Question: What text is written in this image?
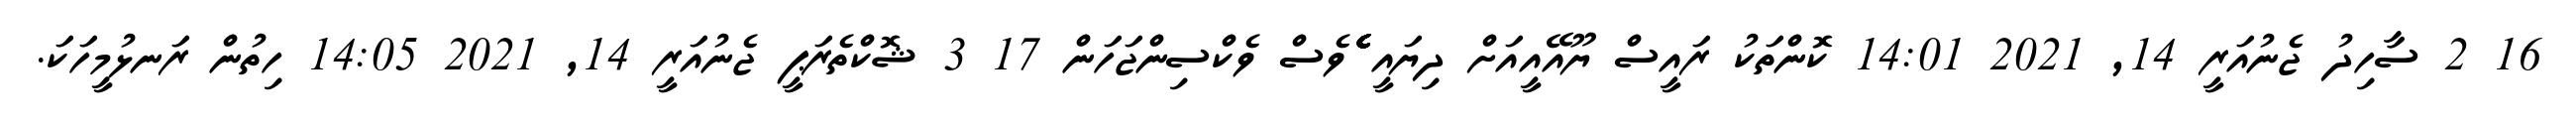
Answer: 16 2 ސާހިދު ޖެނުއަރީ 14, 2021 14:01 ކޮންތަކު ރައީސް ޔޫއޭއީއަށް ދިޔައީ ެެެެެެެެެެެެެެެެެެެެެެެެެެެެެެެެެެެެެެެެެެެެެެެެެެެެެެެެވެސް ވެކްސިންޖަހަން 17 3 ޝޮކްތެރަޕީ ޖެނުއަރީ 14, 2021 14:05 ހިތުން ރަނޅުމީހަކަ.